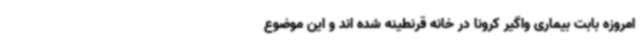
امروزه بابت بیماری واگیر کرونا در خانه قرنطینه شده اند و این موضوع